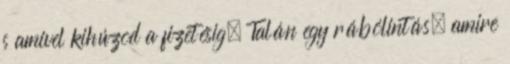
s amivel kihúzod a fizetésig. Talán egy rábólintás, amire